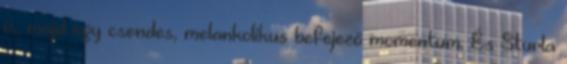
is, majd egy csendes, melankolikus befejező momentum. És Sturla